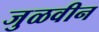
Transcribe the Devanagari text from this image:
जुळवीन